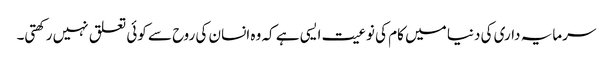
سرمایہ داری کی دنیا میں کام کی نوعیت ایسی ہے کہ وہ انسان کی روح سے کوئی تعلق نہیں رکھتی۔